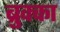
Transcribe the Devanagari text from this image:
ब्रुक्का